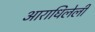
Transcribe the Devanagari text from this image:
आराधिलेली